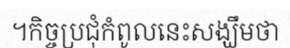
។កិច្ចប្រជុំកំពូលនេះសង្ឃឹមថា